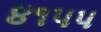
૪૧પપ